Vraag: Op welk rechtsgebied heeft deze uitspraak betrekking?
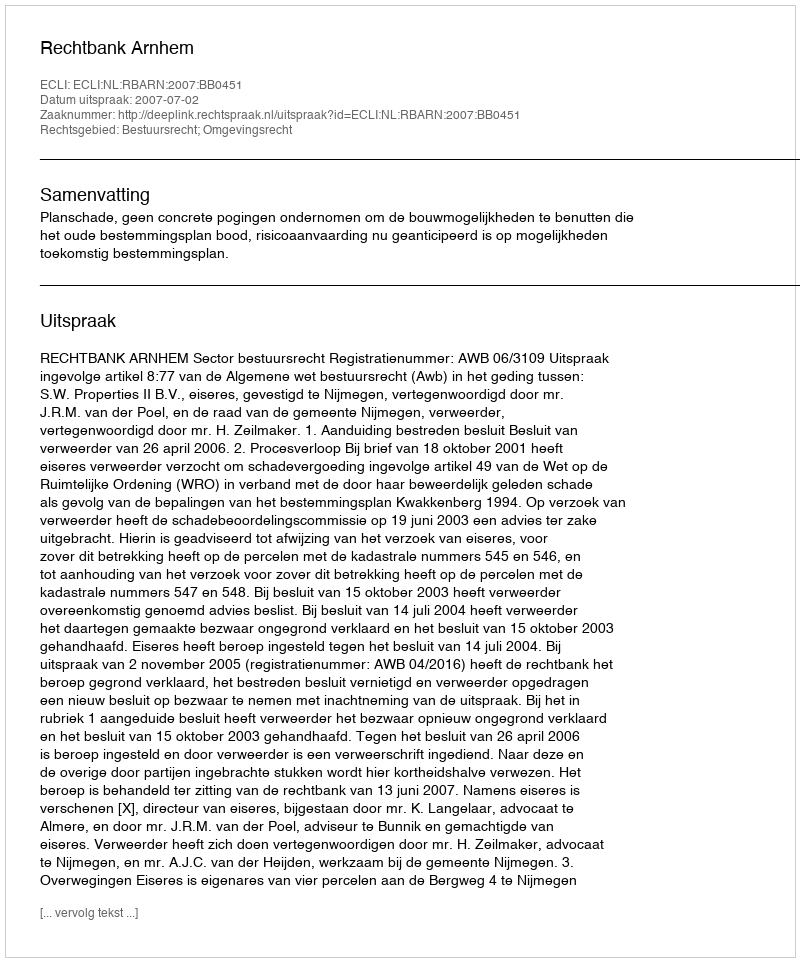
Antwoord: Bestuursrecht; Omgevingsrecht